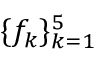
\{ f _ { k } \} _ { k = 1 } ^ { 5 }